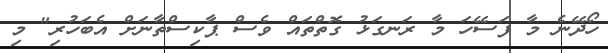
ހޯދޭނެ މާ ފަސޭހަ މާ ރަނގަޅު ގޮތްތައް ވެސް ޕާކިސްތާނަށް އެބަހުރި" މި